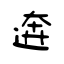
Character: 逩